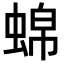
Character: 𬠒